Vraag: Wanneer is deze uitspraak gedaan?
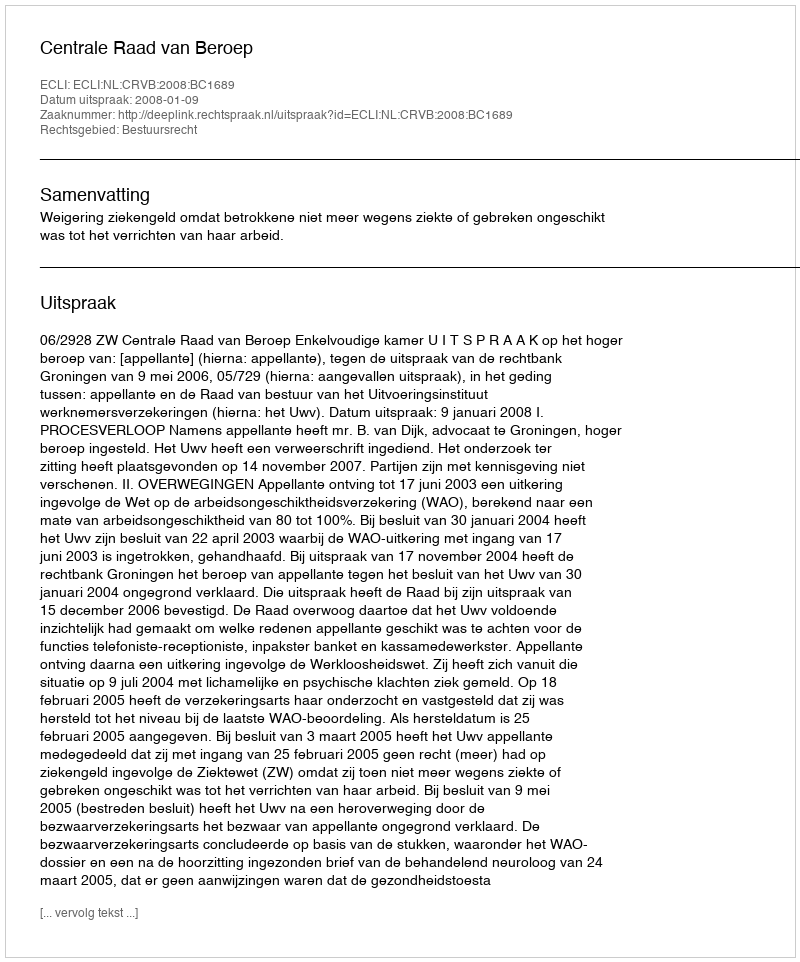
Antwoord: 2008-01-09